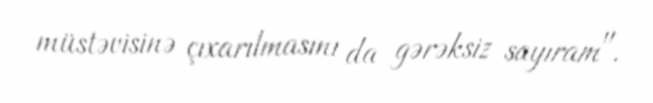
müstəvisinə çıxarılmasını da gərəksiz sayıram".